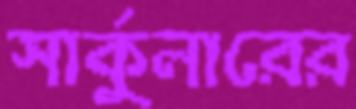
সার্কুলারের